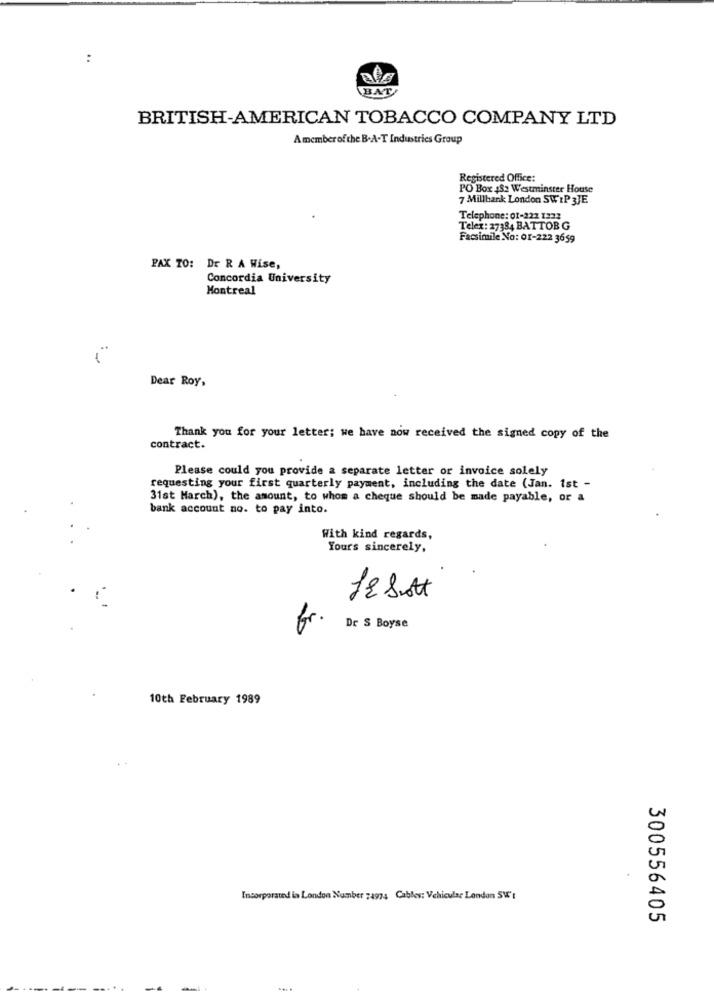
:
BAT
BRITISH-AMERICAN TOBACCO COMPANY LTD
Amember ofthe B.A-T Industries Group
Registered Office:
PO Box $32 Westminster House
7 Millbank London SWIP 3JE
Telephone: 01-222 1323
Telex: 27384 BATTOB G
Facsimile No: 01-222 3659
PAX TO: Dr R A Wise,
Concordia University
Montreal
Dear Roy,
Thank you for your letter; we have now received the signed copy of the
contract.
Please could you provide a separate letter or invoice solely
requesting your first quarterly payment, including the date (Jan. 1st -
31st March), the amount, to whom a cheque should be made payable, or a
bank account no. to pay into.
With kind regards,
Yours sincerely,
fr.
Dr S Boyse
10th February 1989
Incorporated in London Number :4974 Cables: Vehicular London SW's
300556405